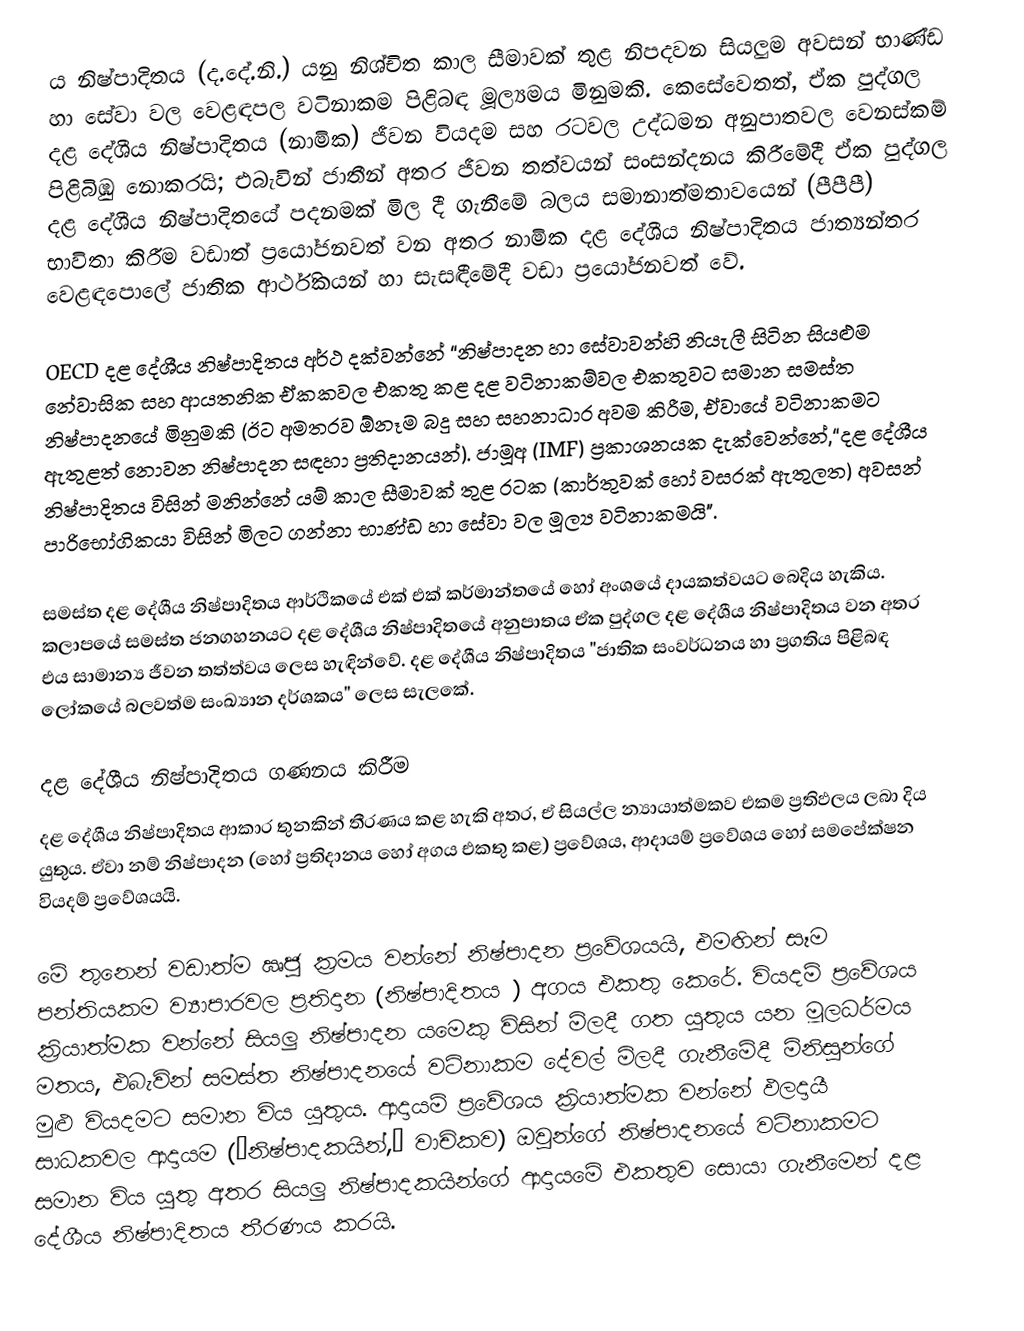
ය නිෂ්පාදිතය (ද.දේ.නි.) යනු නිශ්චිත කාල සීමාවක් තුළ නිපදවන සියලුම අවසන් භාණ්ඩ හා සේවා වල වෙළඳපල වටිනාකම පිළිබඳ මූල්‍යමය මිනුමකි. කෙසේවෙතත්, ඒක පුද්ගල දළ දේශීය නිෂ්පාදිතය (නාමික) ජීවන වියදම සහ රටවල උද්ධමන අනුපාතවල වෙනස්කම් පිළිබිඹු නොකරයි; එබැවින් ජාතීන් අතර ජීවන තත්වයන් සංසන්දනය කිරීමේදී ඒක පුද්ගල දළ දේශීය නිෂ්පාදිතයේ පදනමක් මිල දී ගැනීමේ බලය සමානාත්මතාවයෙන් (පීපීපී) භාවිතා කිරීම වඩාත් ප්‍රයෝජනවත් වන අතර නාමික දළ දේශීය නිෂ්පාදිතය ජාත්‍යන්තර වෙළඳපොලේ ජාතික ආර්ථිකයන් හා සැසඳීමේදී වඩා ප්‍රයෝජනවත් වේ.

OECD දළ දේශීය නිෂ්පාදිතය අර්ථ දක්වන්නේ “නිෂ්පාදන හා සේවාවන්හි නියැලී සිටින සියළුම නේවාසික සහ ආයතනික ඒකකවල එකතු කළ දළ වටිනාකම්වල එකතුවට සමාන සමස්ත නිෂ්පාදනයේ මිනුමකි (ඊට අමතරව ඕනෑම බදු සහ සහනාධාර අවම කිරීම, ඒවායේ වටිනාකමට ඇතුළත් නොවන නිෂ්පාදන සඳහා ප්‍රතිදානයන්). ජාමූඅ (IMF) ප්‍රකාශනයක දැක්වෙන්නේ,“දළ දේශීය නිෂ්පාදිතය විසින් මනින්නේ යම් කාල සීමාවක් තුළ රටක (කාර්තුවක් හෝ වසරක් ඇතුලත) අවසන් පාරිභෝගිකයා විසින් මිලට ගන්නා භාණ්ඩ හා සේවා වල මූල්‍ය වටිනාකමයි".

සමස්ත දළ දේශීය නිෂ්පාදිතය ආර්ථිකයේ එක් එක් කර්මාන්තයේ හෝ අංශයේ දායකත්වයට බෙදිය හැකිය. කලාපයේ සමස්ත ජනගහනයට දළ දේශීය නිෂ්පාදිතයේ අනුපාතය ඒක පුද්ගල දළ දේශීය නිෂ්පාදිතය වන අතර එය සාමාන්‍ය ජීවන තත්ත්වය ලෙස හැඳින්වේ. දළ දේශීය නිෂ්පාදිතය "ජාතික සංවර්ධනය හා ප්‍රගතිය පිළිබඳ ලෝකයේ බලවත්ම සංඛ්‍යාන දර්ශකය" ලෙස සැලකේ.

දළ දේශීය නිෂ්පාදිතය ගණනය කිරීම
දළ දේශීය නිෂ්පාදිතය ආකාර තුනකින් තීරණය කළ හැකි අතර, ඒ සියල්ල න්‍යායාත්මකව එකම ප්‍රතිඵලය ලබා දිය යුතුය. ඒවා නම් නිෂ්පාදන (හෝ ප්‍රතිදානය හෝ අගය එකතු කළ) ප්‍රවේශය, ආදායම් ප්‍රවේශය හෝ සමපේක්ෂන වියදම් ප්‍රවේශයයි.

මේ තුනෙන් වඩාත්ම ඍජු ක්‍රමය වන්නේ නිෂ්පාදන ප්‍රවේශයයි, එමඟින් සෑම පන්තියකම ව්‍යාපාරවල ප්‍රතිදාන (නිෂ්පාදිතය ) අගය එකතු කෙරේ. වියදම් ප්‍රවේශය ක්‍රියාත්මක වන්නේ සියලු නිෂ්පාදන යමෙකු විසින් මිලදී ගත යුතුය යන මූලධර්මය මතය, එබැවින් සමස්ත නිෂ්පාදනයේ වටිනාකම දේවල් මිලදී ගැනීමේදී මිනිසුන්ගේ මුළු වියදමට සමාන විය යුතුය. ආදායම් ප්‍රවේශය ක්‍රියාත්මක වන්නේ ඵලදායී සාධකවල ආදායම (“නිෂ්පාදකයින්,” වාචිකව) ඔවුන්ගේ නිෂ්පාදනයේ වටිනාකමට සමාන විය යුතු අතර සියලු නිෂ්පාදකයින්ගේ ආදායමේ එකතුව සොයා ගැනීමෙන් දළ දේශීය නිෂ්පාදිතය තීරණය කරයි.